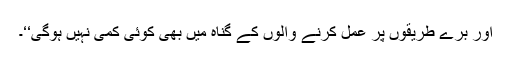
اور برے طریقوں پر عمل کرنے والوں کے گناہ میں بھی کوئی کمی نہیں ہوگی‘‘۔